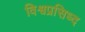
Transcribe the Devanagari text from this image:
विश्वप्रसिध्द